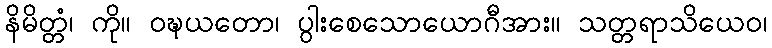
နိမိတ္တံ၊ ကို။ ဝဍ္ဎယတော၊ ပွါးစေသောယောဂီအား။ သတ္တရာသိယေဝ၊